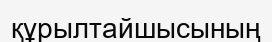
құрылтайшысының